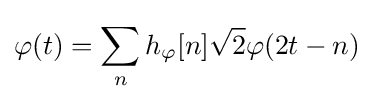
\varphi (t)=\sum _{n}^{}h_{\varphi }[n]{\sqrt {2}}\varphi (2t-n)